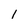
Character: 1